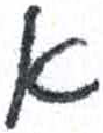
אות: א